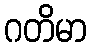
ဂတိမာ